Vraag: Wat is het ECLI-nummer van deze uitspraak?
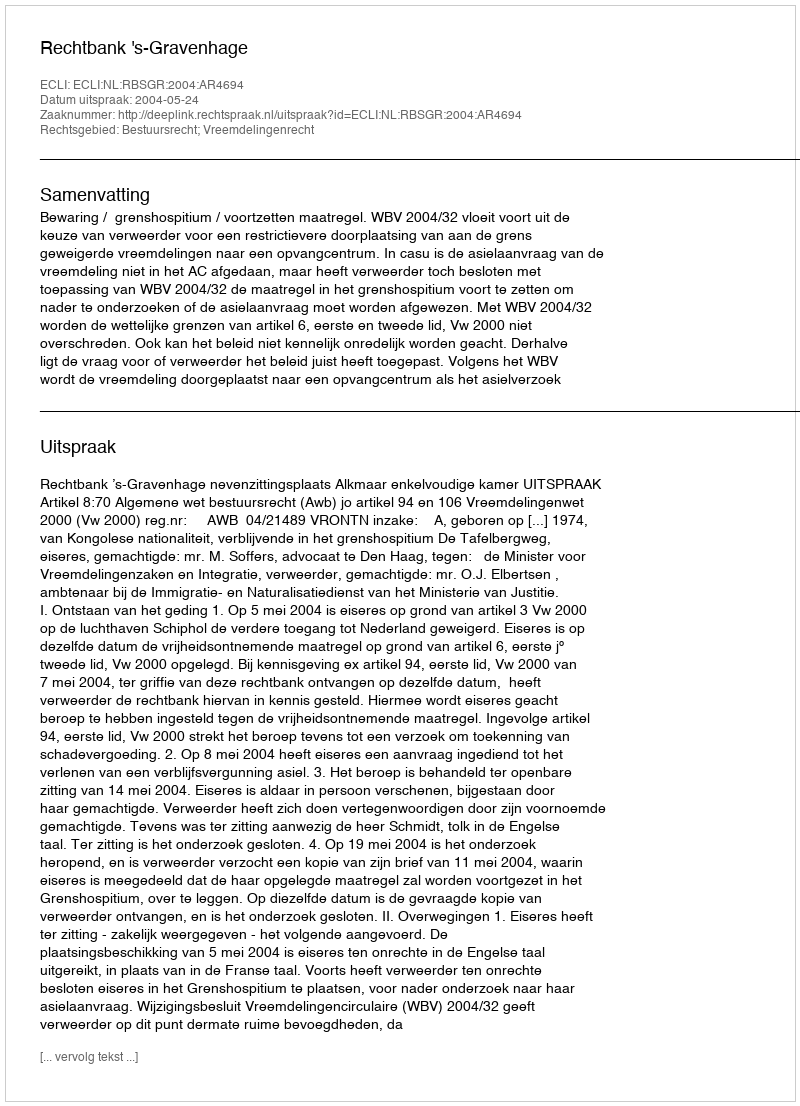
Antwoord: ECLI:NL:RBSGR:2004:AR4694